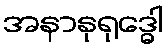
အနာနုရုဒ္ဓေါ